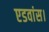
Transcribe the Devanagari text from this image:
एडवांस।